Plague in India, 1896, 1897 - Volume 3
Year: 1896
Disease focus: Plague
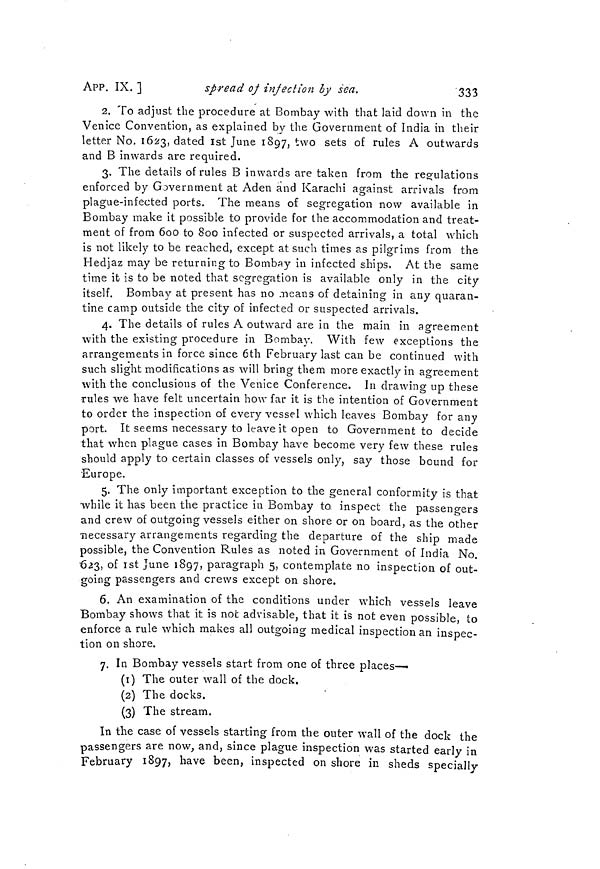
APP. IX. ]
spread of injection by sea.
333
2. To adjust the procedure at Bombay with that laid down in the
Venice Convention, as explained by the Government of India in their
letter No. 1623, dated 1st June 1897, two sets of rules A outwards
and B inwards are required.
3. The details of rules B inwards are taken from the regulations
enforced by Government at Aden and Karachi against arrivals from
plague-infected ports. The means of segregation now available in
Bombay make it possible to provide for the accommodation and treat-
ment of from 600 to 800 infected or suspected arrivals, a total which
is not likely to be reached, except at such times as pilgrims from the
Hedjaz may be returning to Bombay in infected ships. At the same
time it is to be noted that segregation is available only in the city
itself. Bombay at present has no .means of detaining in any quaran-
tine camp outside the city of infected or suspected arrivals.
4. The details of rules A outward are in the main in agreement
with the existing procedure in Bombay. With few exceptions the
arrangements in force since 6th February last can be continued with
such slight modifications as will bring them more exactly in agreement
with the conclusions of the Venice Conference. In drawing up these
rules we have felt uncertain how far it is the intention of Government
to order the inspection of every vessel which leaves Bombay for any
port. It seems necessary to leave it open to Government to decide
that when plague cases in Bombay have become very few these rules
should apply to certain classes of vessels only, say those bound for
Europe.
5. The only important exception to the general conformity is that
while it has been the practice in Bombay to inspect the passengers
and crew of outgoing vessels either on shore or on board, as the other
necessary arrangements regarding the departure of the ship made
possible, the Convention Rules as noted in Government of India No.
623, of 1st June 1897, paragraph 5, contemplate no inspection of out-
going passengers and crews except on shore.
6. An examination of the conditions under which vessels leave
Bombay shows that it is not advisable, that it is not even possible, to
enforce a rule which makes all outgoing medical inspection an inspec-
tion on shore.
7. In Bombay vessels start from one of three places—•
(1) The outer wall of the dock.
(2) The docks.
(3) The stream.
In the case of vessels starting from the outer wall of the dock the
passengers are now, and, since plague inspection was started early in
February 1897, have been, inspected on shore in sheds specially